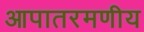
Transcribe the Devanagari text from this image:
आपातरमणीय